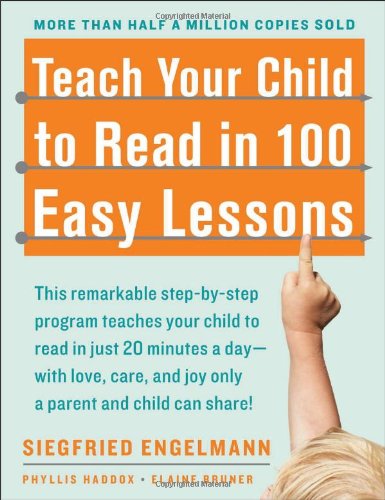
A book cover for Teach Your Child to Read in 100 Easy Lessons; Siegfried Engelmann; Education & Teaching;